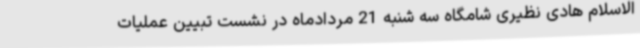
الاسلام هادی نظیری شامگاه سه شنبه 21 مردادماه در نشست تبیین عملیات